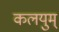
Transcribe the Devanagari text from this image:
कलयुम्